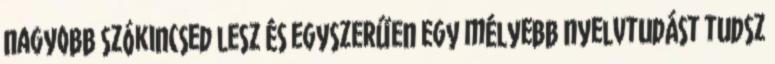
nagyobb szókincsed lesz és egyszerűen egy mélyebb nyelvtudást tudsz